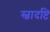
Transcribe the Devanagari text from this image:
स्वादष्टि